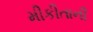
મીકીતાની